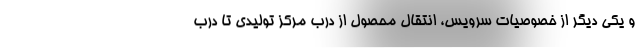
و یکی دیگر از خصوصیات سرویس، انتقال محصول از درب مرکز تولیدی تا درب